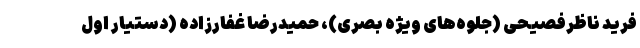
فرید ناظرفصیحی (جلوه‌های ویژه بصری)، حمیدرضا غفارزاده (دستیار اول